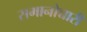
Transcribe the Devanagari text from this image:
समानोच्चारी